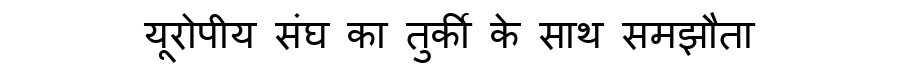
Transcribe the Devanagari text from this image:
यूरोपीय संघ का तुर्की के साथ समझौता